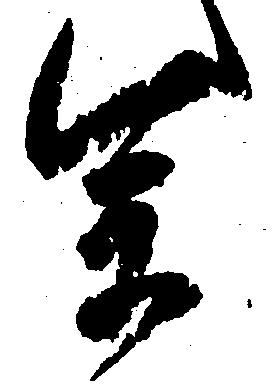
参